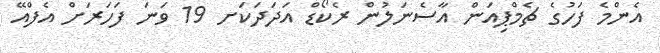
އެންމެ ފަހުގެ ޗެމްޕިއަން އާސެނަލުން ރެކޯޑް އަދަދަކަށ 19 ވަނަ ފަހަރަށް އެފްއޭ